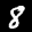
Label: 8